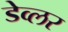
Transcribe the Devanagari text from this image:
डेव्लर